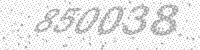
Solution: 850038